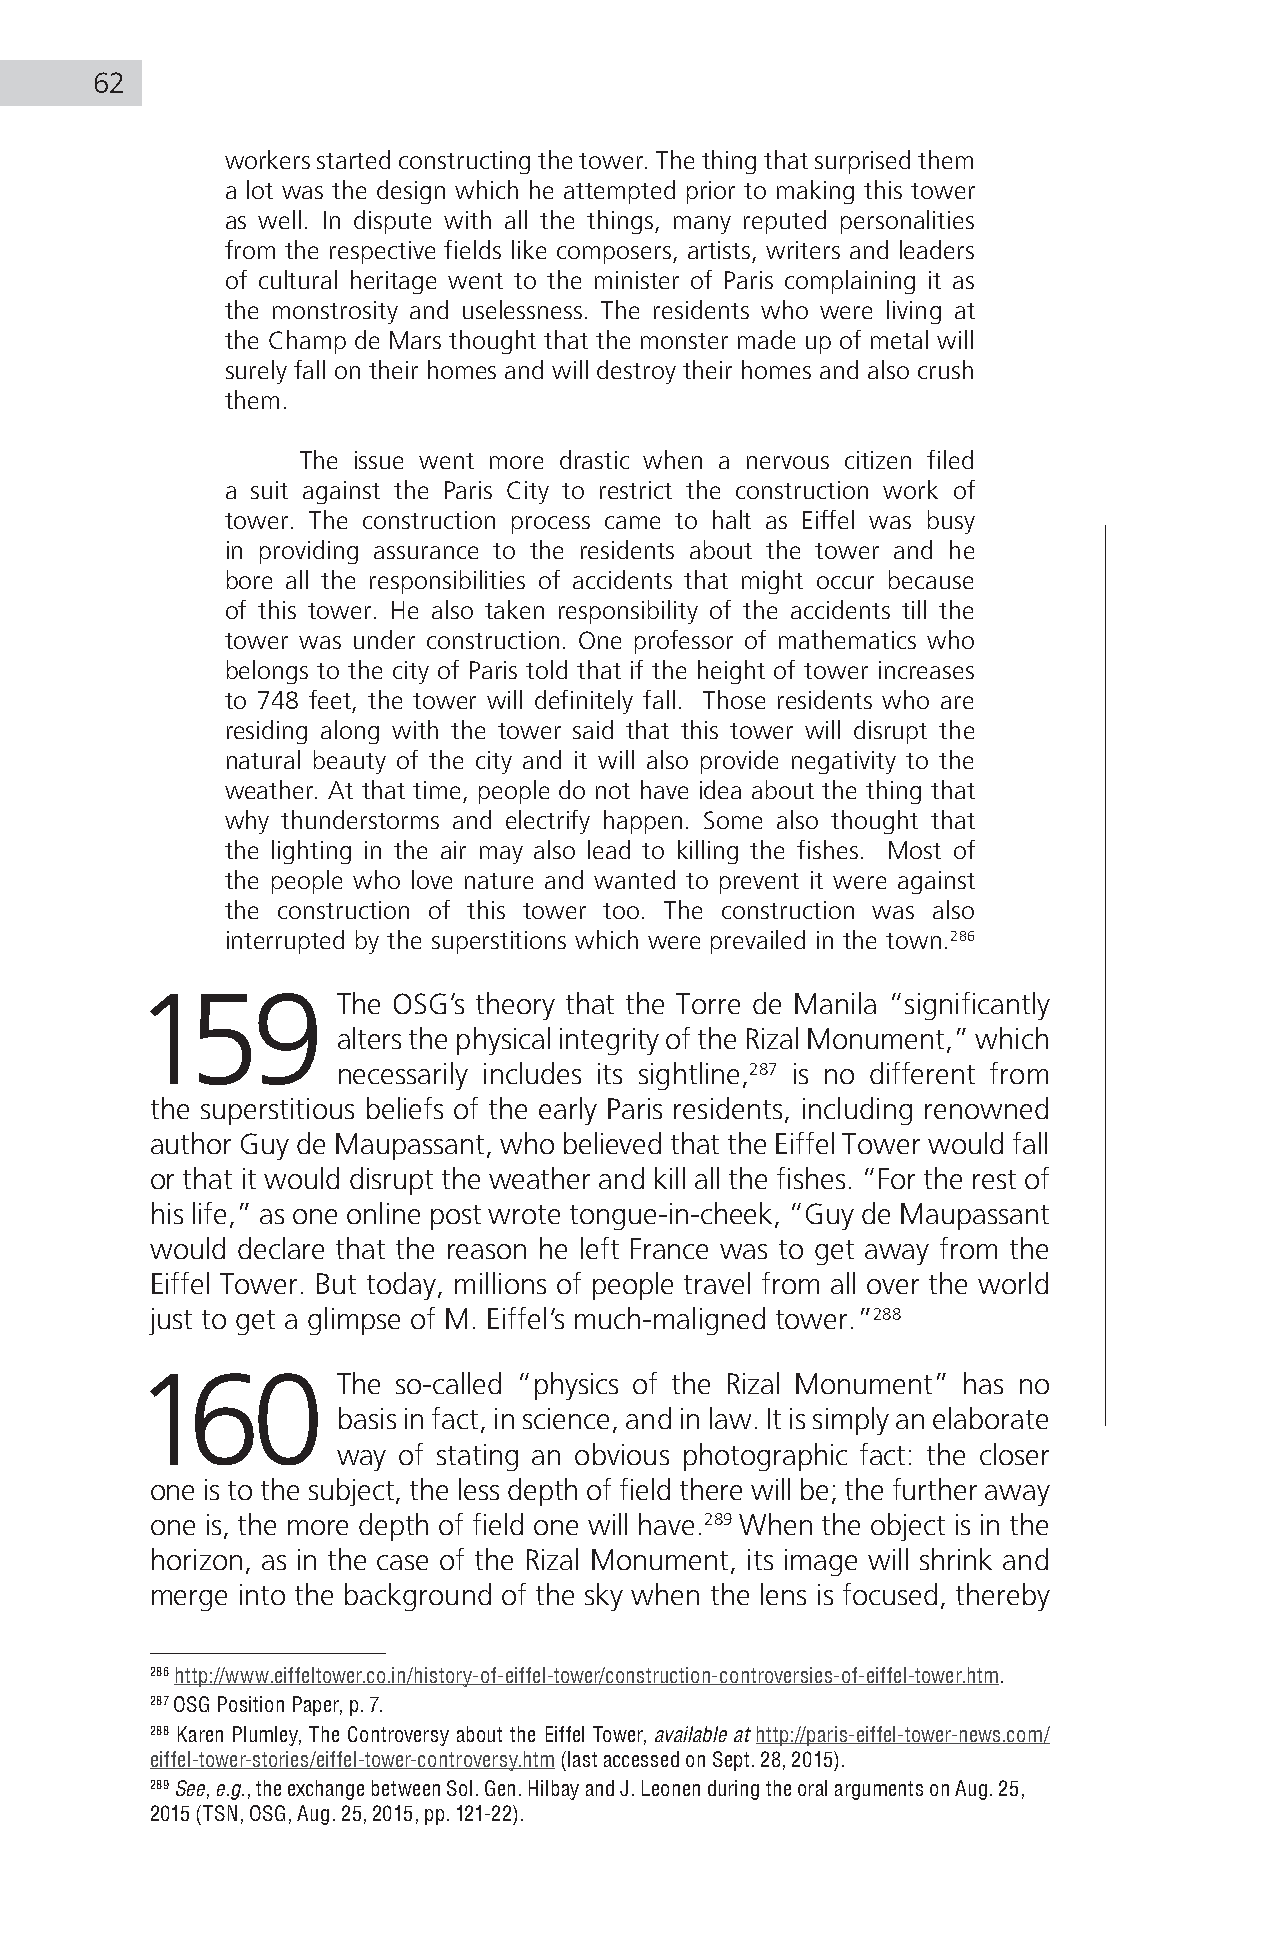
62
 workers started constructing the tower. The thing that surprised them
 a lot was the design which he attempted prior to making this tower
 as well. In dispute with all the things, many reputed personalities
 from the respective fields like composers, artists, writers and leaders
 of cultural heritage went to the minister of Paris complaining it as
 the monstrosity and uselessness. The residents who were living at
 the Champ de Mars thought that the monster made up of metal will
 surely fall on their homes and will destroy their homes and also crush
 them.
 The issue went more drastic when a nervous citizen filed
 a suit against the Paris City to restrict the construction work of
 tower. The construction process came to halt as Eiffel was busy
 in providing assurance to the residents about the tower and he
 bore all the responsibilities of accidents that might occur because
 of this tower. He also taken responsibility of the accidents till the
 tower was under construction. One professor of mathematics who
 belongs to the city of Paris told that if the height of tower increases
 to 748 feet, the tower will definitely fall. Those residents who are
 residing along with the tower said that this tower will disrupt the
 natural beauty of the city and it will also provide negativity to the
 weather. At that time, people do not have idea about the thing that
 why thunderstorms and electrify happen. Some also thought that
 the lighting in the air may also lead to killing the fishes. Most of
 the people who love nature and wanted to prevent it were against
 the construction of this tower too. The construction was also
 interrupted by the superstitions which were prevailed in the town.286
 159          The OSG’s theory that the Torre de Manila “significantly
 alters the physical integrity of the Rizal Monument,” which
 necessarily includes its sightline,287 is no different from
 the superstitious beliefs of the early Paris residents, including renowned
 author Guy de Maupassant, who believed that the Eiffel Tower would fall
 or that it would disrupt the weather and kill all the fishes. “For the rest of
 his life,” as one online post wrote tongue-in-cheek, “Guy de Maupassant
 would declare that the reason he left France was to get away from the
 Eiffel Tower. But today, millions of people travel from all over the world
 just to get a glimpse of M. Eiffel’s much-maligned tower.”288
 160          The so-called “physics of the Rizal Monument” has no
 basis in fact, in science, and in law. It is simply an elaborate
 way of stating an obvious photographic fact: the closer
 one is to the subject, the less depth of field there will be; the further away
 one is, the more depth of field one will have.289 When the object is in the
 horizon, as in the case of the Rizal Monument, its image will shrink and
 merge into the background of the sky when the lens is focused, thereby
 286 http://www.eiffeltower.co.in/history-of-eiffel-tower/construction-controversies-of-eiffel-tower.htm.
 287 OSG Position Paper, p. 7.
 288 Karen Plumley, The Controversy about the Eiffel Tower, available at http://paris-eiffel-tower-news.com/
 eiffel-tower-stories/eiffel-tower-controversy.htm (last accessed on Sept. 28, 2015).
 289 See, e.g., the exchange between Sol. Gen. Hilbay and J. Leonen during the oral arguments on Aug. 25,
 2015 (TSN, OSG, Aug. 25, 2015, pp. 121-22).